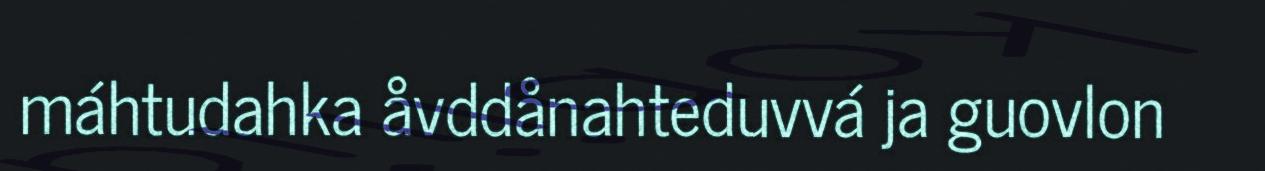
máhtudahka åvddånahteduvvá ja guovlon